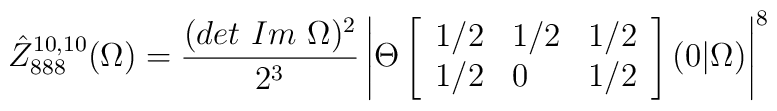
\hat {Z}^{10,10}_{888} (\Omega )= \frac {(det \ Im \ \Omega )^2}{2^3}\left | \Theta \left[\begin{array} {lll}1/2 & 1/2 & 1/2\\1/2 & 0 & 1/2\end{array} \right](0 \vert \Omega) \right |^8